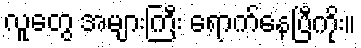
လူတွေ အများကြီး ရောက်နေပြီကိုး။